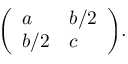
{ \left( \begin{array} { l l } { a } & { b / 2 } \\ { b / 2 } & { c } \end{array} \right) } .